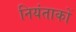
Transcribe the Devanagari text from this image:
नियंताकों